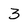
Character: 3